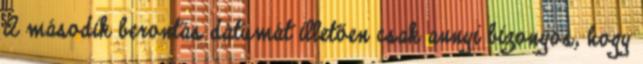
A második berontás dátumát illetően csak annyi bizonyos, hogy